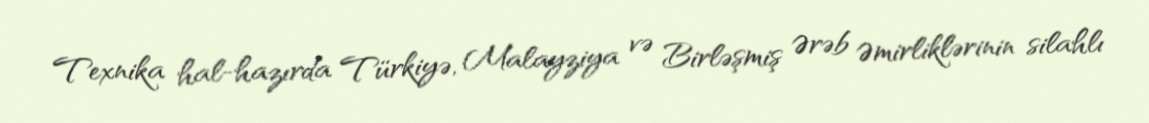
Texnika hal-hazırda Türkiyə, Malayziya və Birləşmiş Ərəb Əmirliklərinin silahlı